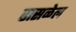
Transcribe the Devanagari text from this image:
ढासळेल